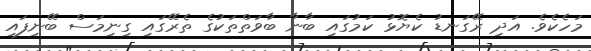
މަހެކެވެ. އަދި ރޭގަނޑު ކެޔޮޅު ކަމުގައި ބާނާ ބާވަތްތަކުގެ ތެރޭގައި ގިނިމަސް ބޭނިފައި